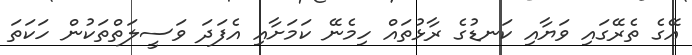
އޭގެ ތެރޭގައި ވަޔާއި ކަނޑުގެ ރާޅުތައް ހިމެނޭ ކަމަށާއި އެފަދަ ވަސީލަތްތަކުން ހަކަތަ